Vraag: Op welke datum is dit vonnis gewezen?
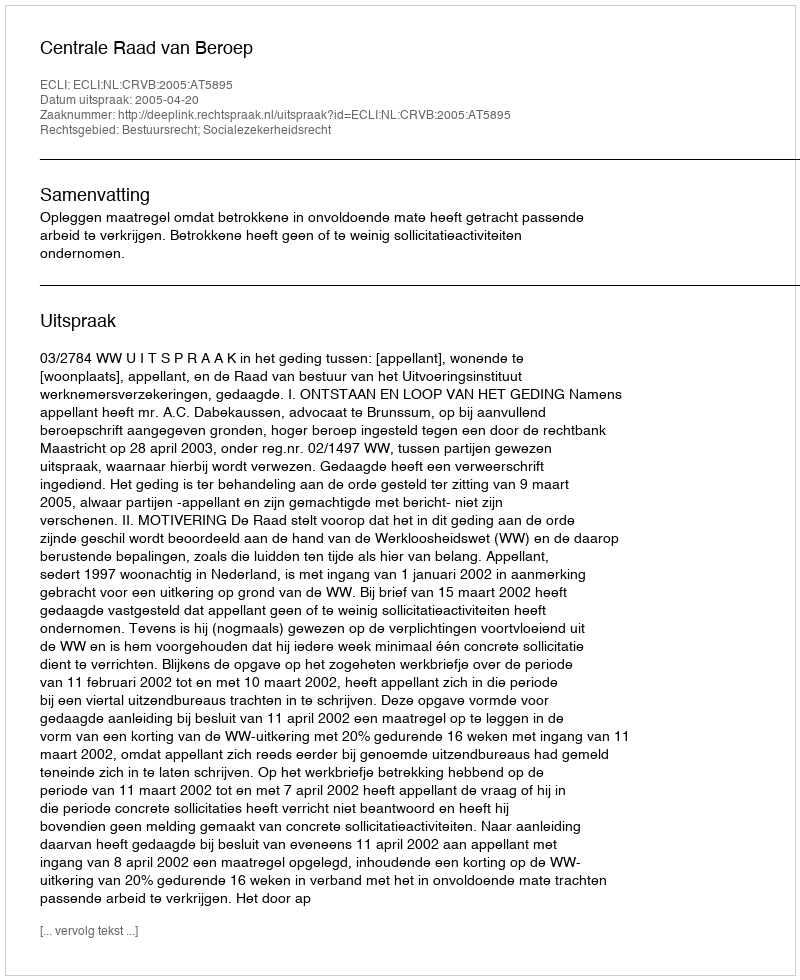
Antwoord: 2005-04-20